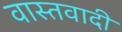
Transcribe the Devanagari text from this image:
वास्तवादी